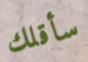
سأقلك